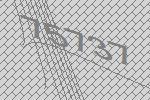
75737